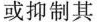
或抑制其___。